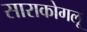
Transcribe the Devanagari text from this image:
साराकोगलू